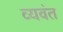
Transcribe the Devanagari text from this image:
व्यवंत